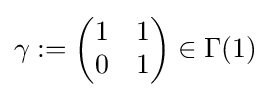
\gamma :={\begin{pmatrix}1&1\\0&1\\\end{pmatrix}}\in \Gamma (1)